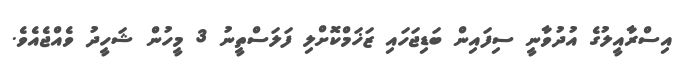
އިސްރާއީލުގެ އުދުވާނީ ސިފައިން ބަޑިޖަހައި ޒަޚަމްކޮށްލި ފަލަސްތީނު 3 މީހުން ޝަހީދު ވެއްޖެއެވެ.